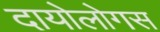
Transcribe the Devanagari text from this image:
दायोलोगस